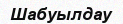
Шабуылдау